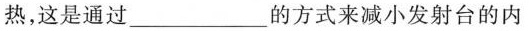
热，这是通过_______的方式来减小发射台的内